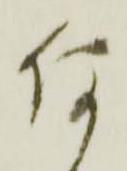
仍